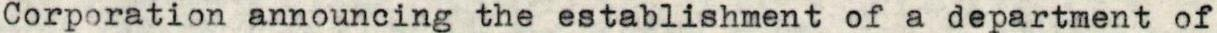
Corporation announcing the establishment of a department of